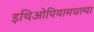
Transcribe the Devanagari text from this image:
इथिओपियामधल्या